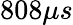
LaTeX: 808\mu s